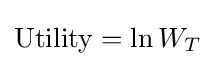
{\text{Utility}}=\ln W_{T}